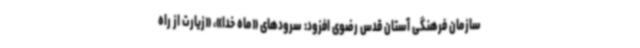
سازمان فرهنگی آستان قدس رضوی افزود: سرودهای «ماه خدا»، «زیارت از راه